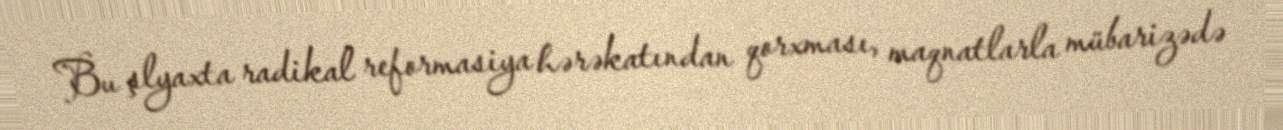
Bu şlyaxta radikal reformasiya hərəkatından qorxması, maqnatlarla mübarizədə